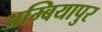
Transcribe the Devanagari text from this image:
अम्बियापुर